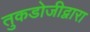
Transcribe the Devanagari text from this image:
तुकडोजीद्वारा